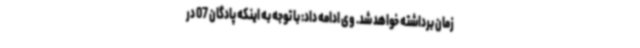
زمان برداشته خواهد شد. وی ادامه داد: با توجه به اینکه پادگان 07 در